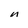
Character: n